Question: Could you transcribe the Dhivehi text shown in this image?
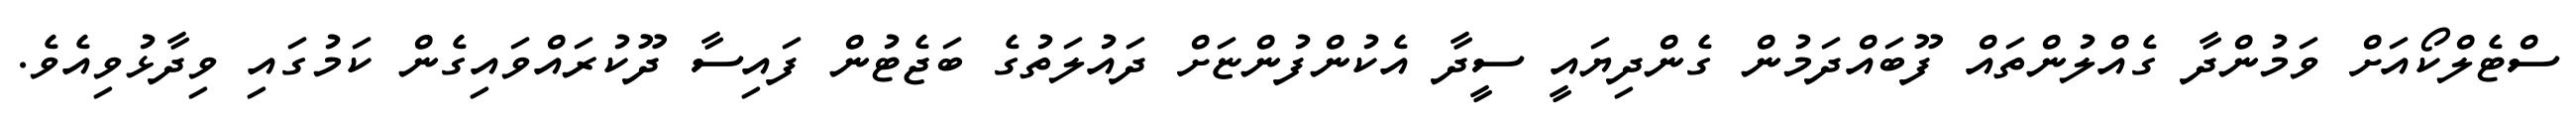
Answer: ސްޓެލްކޯއަށް ވަމުންދާ ގެއްލުންތައް ފޫބައްދަމުން ގެންދިޔައީ ސީދާ އެކުންފުންޏަށް ދައުލަތުގެ ބަޖެޓުން ފައިސާ ދޫކުރައްވައިގެން ކަމުގައި ވިދާޅުވިއެވެ.